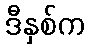
ဒီနှစ်က